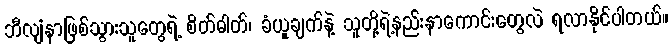
ဘီလျံနာဖြစ်သွားသူတွေရဲ့ စိတ်ဓါတ်၊ ခံယူချက်နဲ့ သူတို့ရဲ့နည်းနာကောင်းတွေလဲ ရလာနိုင်ပါတယ်။